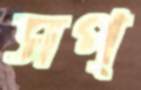
সপ্